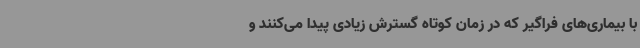
با بیماری‌های فراگیر که در زمان کوتاه گسترش زیادی پیدا می‌‌کنند و